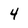
Character: 4